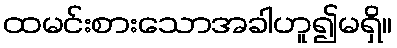
ထမင်းစားသောအခါဟူ၍မရှိ။